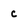
Character: C